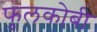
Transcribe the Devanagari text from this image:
फुलकोबी